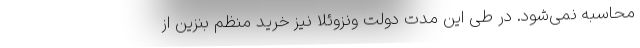
محاسبه نمی‌شود. در طی این مدت دولت ونزوئلا نیز خرید منظم بنزین از